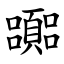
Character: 嚻